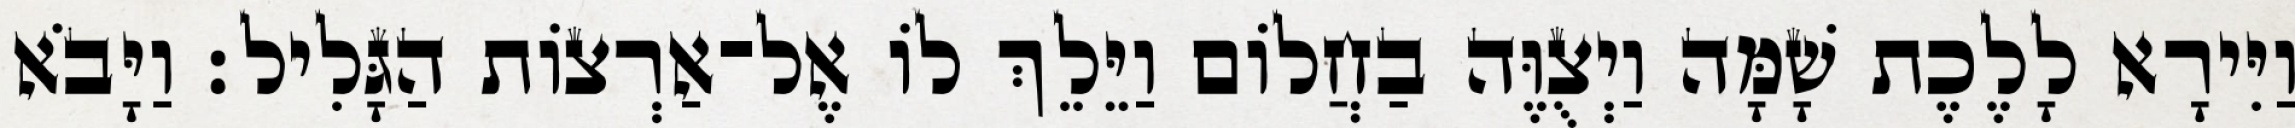
וַיִּירָא לָלֶכֶת שָׁמָּה וַיְצֻוֶּה בַחֲלוֹם וַיֵּלֵךְ לוֹ אֶל־אַרְצוֹת הַגָּלִיל׃ וַיָּבֹא